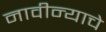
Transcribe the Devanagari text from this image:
नावीन्याचे